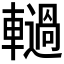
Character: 𮝫